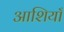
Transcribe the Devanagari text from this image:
आशियाँ